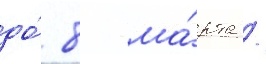
до́ 8 ма́рта /